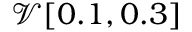
\mathcal { V } [ 0 . 1 , 0 . 3 ]